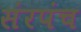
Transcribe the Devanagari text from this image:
संरपंच